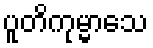
ပူတိကုမ္မာသေ